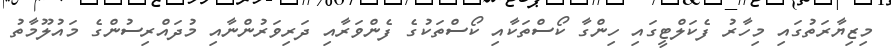
މިޒިޔާރަތުގައި މިހާރު ފެކަލްޓީގައި ހިންގާ ކޯސްތަކާއި ކޯސްތަކުގެ ފެންވަރާއި ދަރިވަރުންނާއި މުދައްރިސުންގެ މައުލޫމާތު